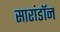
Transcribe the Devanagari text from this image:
सारांडॉन